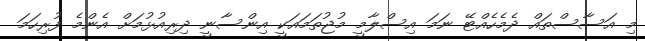
މި އަސާސްތައް ދެމެހެއްޓޭ ނަމަ އިސްލާމީ މުޖުތަމައަކީ އިންސާނީ ދިރިއުޅުމަށް އެންމެ ފުރިހަމަ